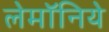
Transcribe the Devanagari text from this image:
लेमॉनिये